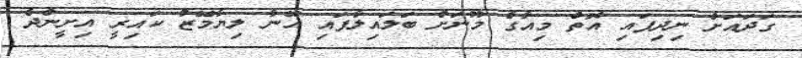
ގަދައަށް ނިދިފައި އޮތް މިއާގެ މޫނަށް ބަލައިލާފައި އޭނާ ލިޔާމޭޒު ކައިރީ އިށީންދެ